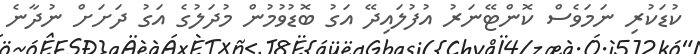
ކުޑަކުރި ނަމަވެސް ކޮންޓޭނަރު އުފުލައިދޭ އަގު ބޮޑުވުމުން މުދަލުގެ އަގު ދަށަށް ނުދާނެ